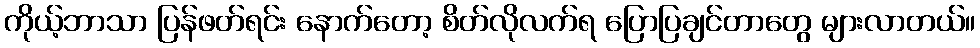
ကိုယ့်ဘာသာ ပြန်ဖတ်ရင်း နောက်တော့ စိတ်လိုလက်ရ ပြောပြချင်တာတွေ များလာတယ်။